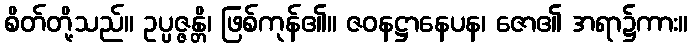
စိတ်တို့သည်။ ဥပ္ပဇ္ဇန္တိ၊ ဖြစ်ကုန်၏။ ဇဝနဋ္ဌာနေပန၊ ဇော၏ အရာ၌ကား။